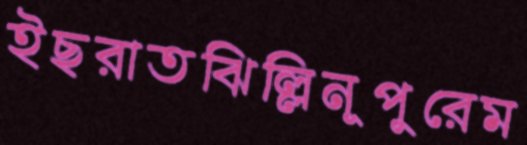
ইছরাতঝিল্লিনূপুরেম